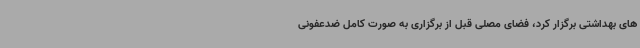
های بهداشتی برگزار کرد، فضای مصلی قبل از برگزاری به صورت کامل ضدعفونی